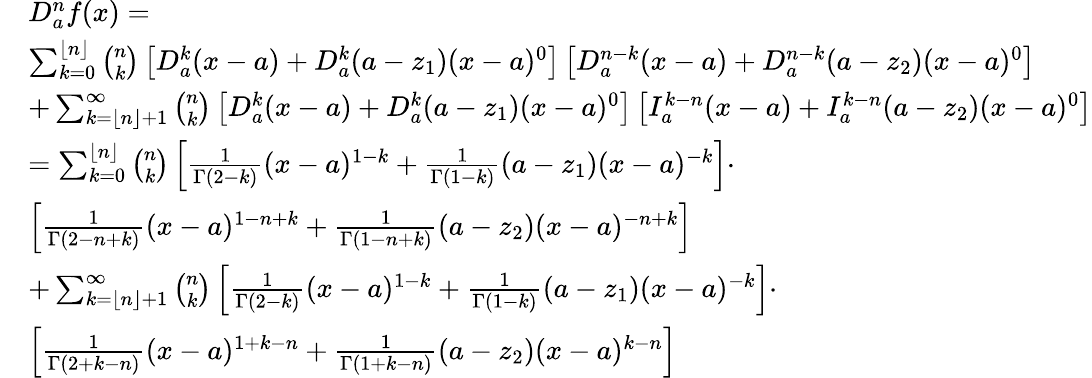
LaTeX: \begin{array}{rl}&{D_{a}^{n}f(x)=}\\ &{\sum_{k=0}^{\lfloor n\rfloor}\binom{n}{k}\left[D_{a}^{k}(x-a)+D_{a}^{k}(a-z_{1})(x-a)^{0}\right]\left[D_{a}^{n-k}(x-a)+D_{a}^{n-k}(a-z_{2})(x-a)^{0}\right]}\\ &{+\sum_{k=\lfloor n\rfloor+1}^{\infty}\binom{n}{k}\left[D_{a}^{k}(x-a)+D_{a}^{k}(a-z_{1})(x-a)^{0}\right]\left[I_{a}^{k-n}(x-a)+I_{a}^{k-n}(a-z_{2})(x-a)^{0}\right]}\\ &{=\sum_{k=0}^{\lfloor n\rfloor}\binom{n}{k}\left[\frac{1}{\Gamma(2-k)}(x-a)^{1-k}+\frac{1}{\Gamma(1-k)}(a-z_{1})(x-a)^{-k}\right]\cdot}\\ &{\left[\frac{1}{\Gamma(2-n+k)}(x-a)^{1-n+k}+\frac{1}{\Gamma(1-n+k)}(a-z_{2})(x-a)^{-n+k}\right]}\\ &{+\sum_{k=\lfloor n\rfloor+1}^{\infty}\binom{n}{k}\left[\frac{1}{\Gamma(2-k)}(x-a)^{1-k}+\frac{1}{\Gamma(1-k)}(a-z_{1})(x-a)^{-k}\right]\cdot}\\ &{\left[\frac{1}{\Gamma(2+k-n)}(x-a)^{1+k-n}+\frac{1}{\Gamma(1+k-n)}(a-z_{2})(x-a)^{k-n}\right]}\end{array}